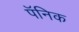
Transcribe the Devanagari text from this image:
पॅनिक